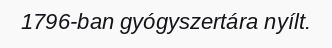
1796-ban gyógyszertára nyílt.